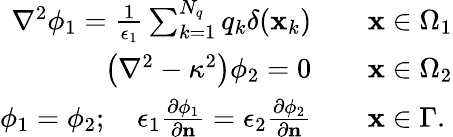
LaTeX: \begin{array}{rl}{\nabla^{2}\phi_{1}=\frac{1}{\epsilon_{1}}\sum_{k=1}^{N_{q}}q_{k}\delta(\mathbf{x}_{k})\quad}&{\mathbf{x}\in\Omega_{1}}\\ {\left(\nabla^{2}-\kappa^{2}\right)\phi_{2}=0\quad}&{\mathbf{x}\in\Omega_{2}}\\ {\phi_{1}=\phi_{2};\quad\epsilon_{1}\frac{\partial\phi_{1}}{\partial\mathbf{n}}=\epsilon_{2}\frac{\partial\phi_{2}}{\partial\mathbf{n}}\quad}&{\mathbf{x}\in\Gamma.}\end{array}